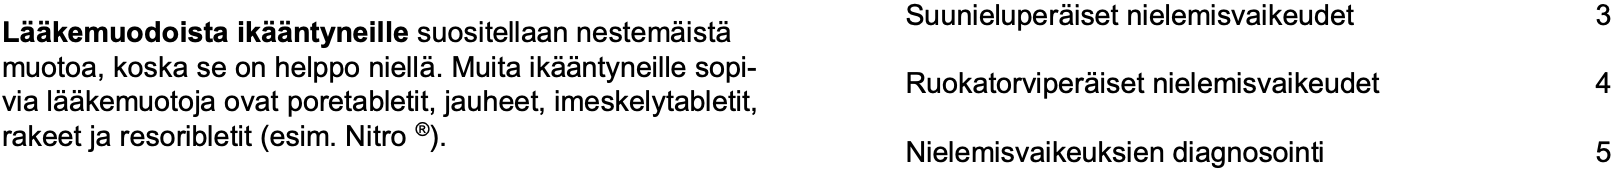
Suunieluperäiset nielemisvaikeudet 3 Lääkemuodoista ikääntyneillesuositellaan nestemäistä muotoa, koska se on helppo niellä. Muita ikääntyneille sopi- Ruokatorviperäiset nielemisvaikeudet 4 via lääkemuotoja ovat poretabletit, jauheet, imeskelytabletit, rakeet ja resoribletit (esim. Nitro ®). Nielemisvaikeuksien diagnosointi 5